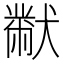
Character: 𭸪